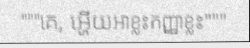
"""គេ, អ្ហើយអាខ្លះកញ្ញាខ្លះ"""